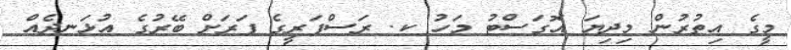
މީގެ އިތުރުން މިދިޔަ އޮގަސްޓު މަހު ކ. ރަސްފަރީގެ ފަރަށް ބޭރުގެ އުޅަނދެއް